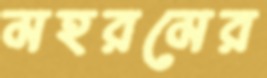
মহরমের